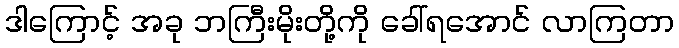
ဒါကြောင့် အခု ဘကြီးမိုးတို့ကို ခေါ်ရအောင် လာကြတာ